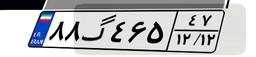
۸۸گ۴۶۵۴۷